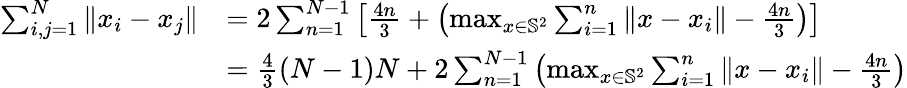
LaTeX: \begin{array}{rl}{\sum_{i,j=1}^{N}\| x_{i}-x_{j}\| }&{=2\sum_{n=1}^{N-1}\left[\frac{4n}{3}+\left(\operatorname*{max}_{x\in\mathbb{S}^{2}}\sum_{i=1}^{n}\| x-x_{i}\| -\frac{4n}{3}\right)\right]}\\ &{=\frac{4}{3}(N-1)N+2\sum_{n=1}^{N-1}\left(\operatorname*{max}_{x\in\mathbb{S}^{2}}\sum_{i=1}^{n}\| x-x_{i}\| -\frac{4n}{3}\right)}\end{array}